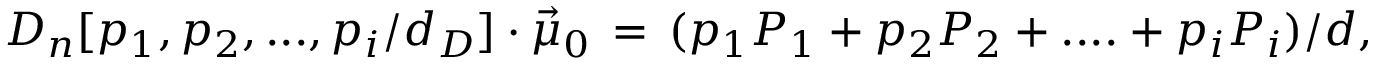
{ D } _ { n } [ p _ { 1 } , p _ { 2 } , . . . , p _ { i } / d _ { D } ] \cdot \vec { \mu } _ { 0 } \, = \, ( p _ { 1 } P _ { 1 } + p _ { 2 } P _ { 2 } + . . . . + p _ { i } P _ { i } ) / d ,